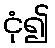
ငုံ၍